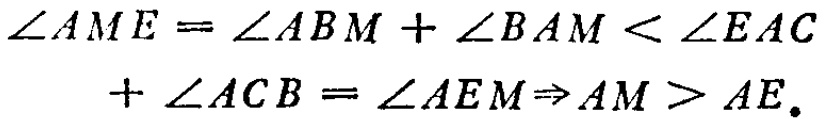
\[\begin{align*}

\angle AME&=\angle ABM+\angle BAM<\angle EAC\\

&+\angle ACB=\angle AEM\Rightarrow AM > AE.

\end{align*}\]